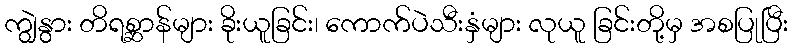
ကျွဲနွား တိရစ္ဆာန်များ ခိုးယူခြင်း၊ ကောက်ပဲသီးနှံများ လုယူ ခြင်းတို့မှ အစပြုပြီး